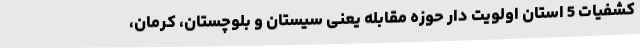
کشفیات 5 استان اولویت دار حوزه مقابله یعنی سیستان و بلوچستان، کرمان،